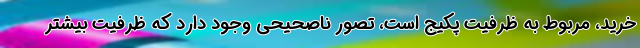
خرید، مربوط به ظرفیت پکیج است، تصور ناصحیحی وجود دارد که ظرفیت بیشتر